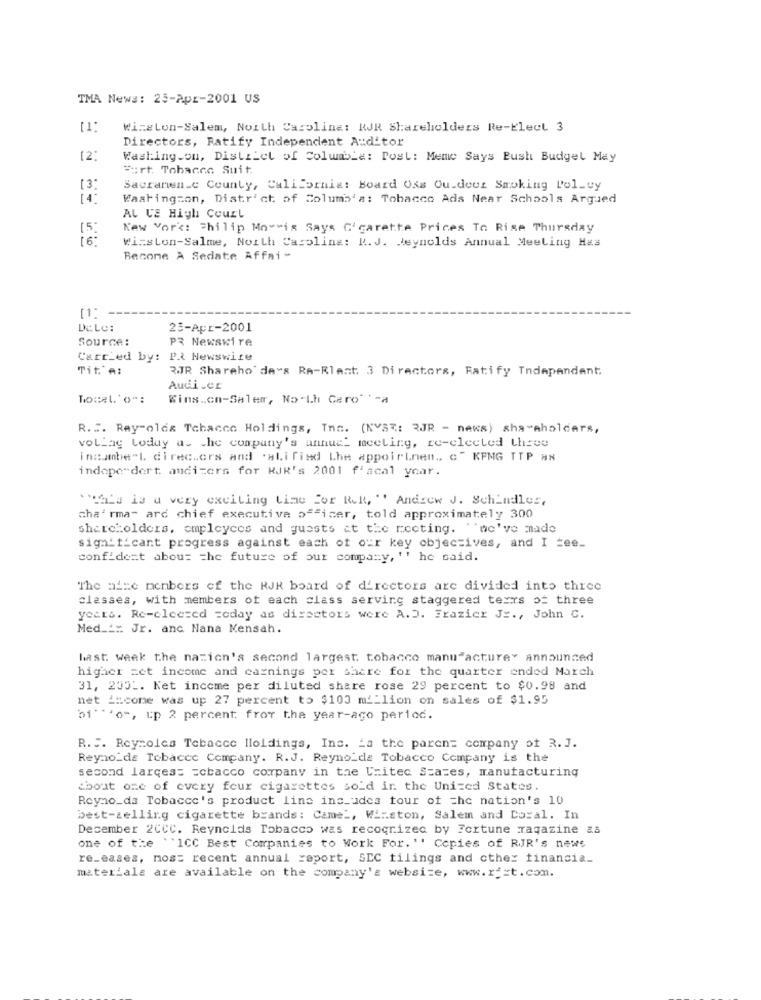
TMA News: 25-Apr-2001 US
[1]
Winston-Salem, North Carolina: RJR Shareholders Re-Elect 3
Directors, Ratify Independent Auditor
[2]
Washing.on, District of Columbia: Post: Meme Says Push Budget May
Furt. Tobacco Suit.
[3]
Sacramen.c County, California: Board Oss Ou.deez Smoking Pol_ty
14:
Washington, District of Columb'a: Tobacco Ads Near Schools Argued
AL UE High Court
[5]
New York: Philip Morris Says Cigarette Prices To Rise Thursday
16:
Winston-Salme, North Carolina: R.J. Reynolds Annual Meeting Has
Become A Sedate Affai-
DELC:
25-Apr-2001
Source:
PR Newswire
Carried by: PR Newswire
Tit'A:
RJR Shareho' de"s RA-Rlast. 3 Directors, Ratify Independant.
Audi .er
Togel. o":
Winston-Salem, North Caro' '-a
R ... Ray-olds Tchacco Holdings, Inc. (KYST: 3JR - neks) shareholders,
vollag loduy a. the company's annual meeting, re-elected three
incumber\. directors and alifind the appointment .. c" KPMG TTP as
indepe dert andizers for KJR's 2001 f'acal year.
"Halu is a very exciting Line For Rek, "' Andrew J. Schindler,
cha' rma- ard chief executive officer, told approximately 300
shareholders, cmpleyces and guests at the meeting. "we've made
significant progress against each of our key objectives, and I =ee_
confident about the future of our company, '' he said.
The nine members of the RJR board of directors are divided into three
classes, with members of each class serving staggered texts ot three
years. Re-elected today as directors were A.D. Frazier JE ., John C.
Med __ x Jr. anc Nana Mensah.
last week the nation's second largest tobacco manufacture" announced
higher zet income and earnings per Share for the quarter ended March
31, 2531. Net income per diluted share rose 29 percent to $0.98 and
net income was up 27 percent to $100 million on sales of $1.95
of" ""o", up 2 percent froy tha year-aco period.
R. .. Reynolds Tebacce lloldings, Inc. La the parent company of R. J.
Reyno_de Tobacce Company. R.J. Reynolds Tobacco Company is the
second larqes= = cbacco company in the United States, manufacturing
:bout one of every feur cigarettes sold in the United States.
Reyno_da Tobacco's product line ins_adcs tour of the nation's 10
best-selling cigarette brands: Came _, Winston, Salem and Coral. In
December 2CCC. Reynolds Tobacco was recognized by Fortune magazine as
one of the ``ICC Best Companies to Work For. '' Copies of RJR's news
re_eases, nos= recent annual report, SEC filings and cthe: financia_
materials are available on the company's website, www.r _= t.com.